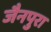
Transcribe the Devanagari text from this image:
जैनपुरा